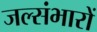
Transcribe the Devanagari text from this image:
जल्संभारों